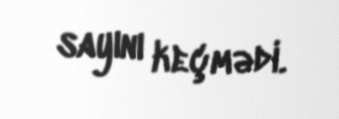
sayını keçmədi.